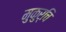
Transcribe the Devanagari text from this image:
मुकुर्चि